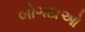
બોગદાઓ